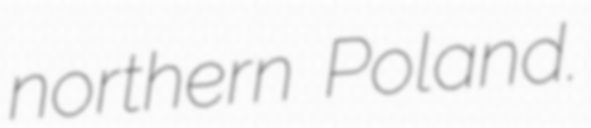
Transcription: northern Poland.